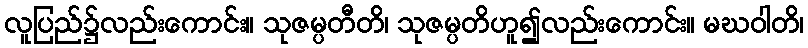
လူပြည်၌လည်းကောင်း။ သုဇမ္ပတီတိ၊ သုဇမ္ပတိဟူ၍လည်းကောင်း။ မဃဝါတိ၊